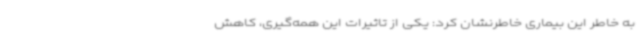
به خاطر این بیماری خاطرنشان کرد: یکی از تاثیرات این همه‌گیری، کاهش